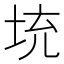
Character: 𡊿